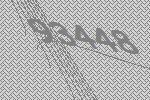
93448